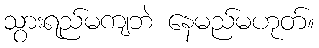
သွားရည်မကျဘဲ နေမည်မဟုတ်။